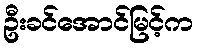
ဦးခင်အောင်မြင့်က